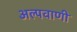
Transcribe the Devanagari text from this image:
अल्पवाणी